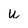
Character: u